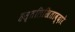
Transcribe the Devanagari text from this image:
हस्तलिखिताव्दारे